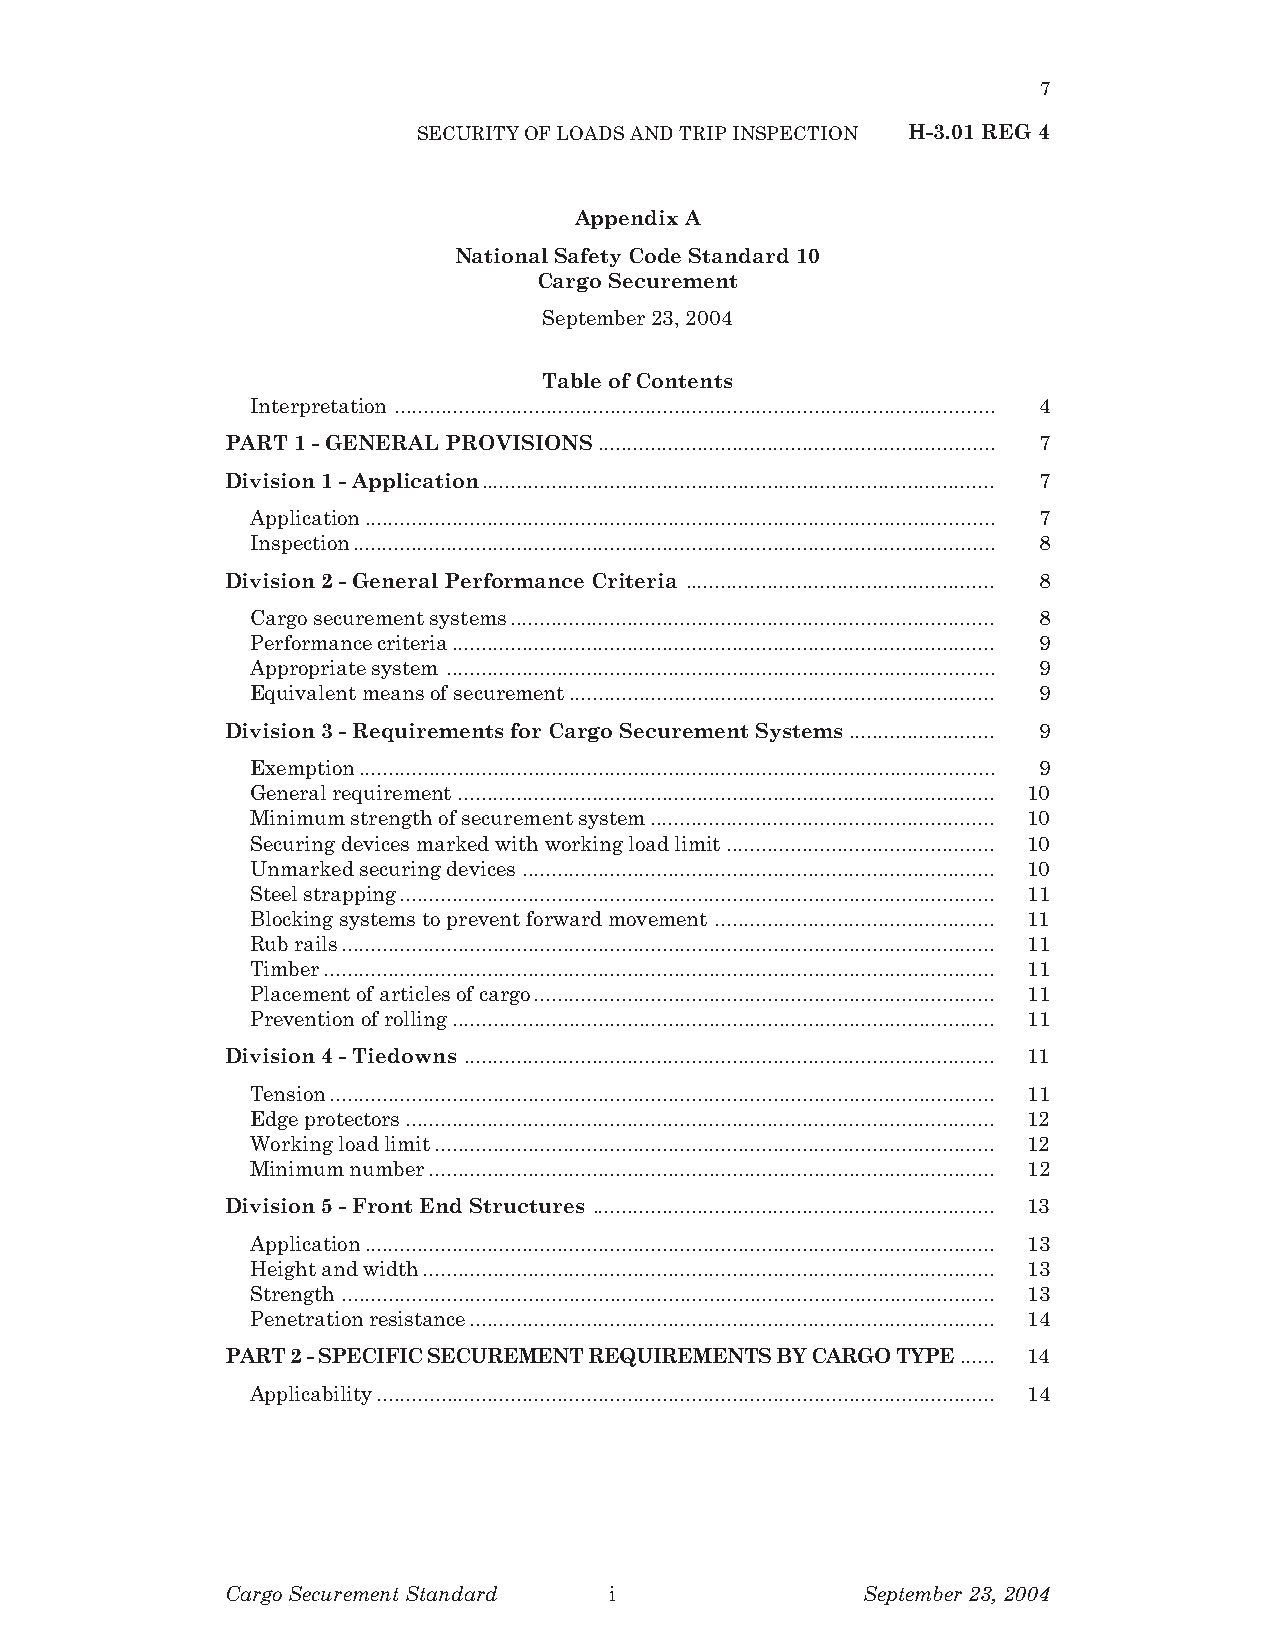
7
 SECURITY OF LOADS AND TRIP INSPECTION H-3.01 REG 4
 Appendix A
 National Safety Code Standard 10
 Cargo Securement
 September 23, 2004
 Table of Contents
 Interpretation ....................................................................................................... 4
 PART 1 - GENERAL PROVISIONS.................................................................... 7
 Division 1 - Application........................................................................................ 7
 Application............................................................................................................ 7
 Inspection.............................................................................................................. 8
 Division 2 - General Performance Criteria ..................................................... 8
 Cargo securement systems................................................................................... 8
 Performance criteria............................................................................................. 9
 Appropriate system .............................................................................................. 9
 Equivalent means of securement......................................................................... 9
 Division 3 - Requirements for Cargo Securement Systems......................... 9
 Exemption............................................................................................................. 9
 General requirement............................................................................................ 10
 Minimum strength of securement system........................................................... 10
 Securing devices marked with working load limit.............................................. 10
 Unmarked securing devices ................................................................................. 10
 Steel strapping...................................................................................................... 11
 Blocking systems to prevent forward movement ................................................ 11
 Rub rails................................................................................................................ 11
 Timber................................................................................................................... 11
 Placement of articles of cargo............................................................................... 11
 Prevention of rolling............................................................................................. 11
 Division 4 - Tiedowns ........................................................................................... 11
 Tension.................................................................................................................. 11
 Edge protectors..................................................................................................... 12
 Working load limit................................................................................................ 12
 Minimum number................................................................................................. 12
 Division 5 - Front End Structures ..................................................................... 13
 Application............................................................................................................ 13
 Height and width.................................................................................................. 13
 Strength ................................................................................................................ 13
 Penetration resistance.......................................................................................... 14
 PART 2 - SPECIFIC SECUREMENT REQUIREMENTS BY CARGO TYPE...... 14
 Applicability.......................................................................................................... 14
 Cargo Securement Standard i               September 23, 2004